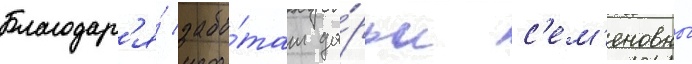
Благодар'я́ забо́там да́рьи с'ем'еновны